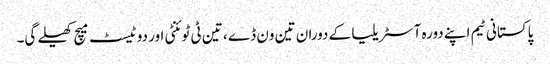
پاکستانی ٹیم اپنے دورہ آسٹریلیا کے دوران تین ون ڈے ، تین ٹی ٹوئنٹی اور دو ٹیسٹ میچ کھیلے گی۔